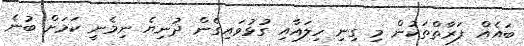
ބައެއް ފަރާތްތަކުން މި ގިނި ހިލައާއި ގުޅުވައިގެން ދުނިޔެ ނިމެނީ ކަމަށް ބުނެ